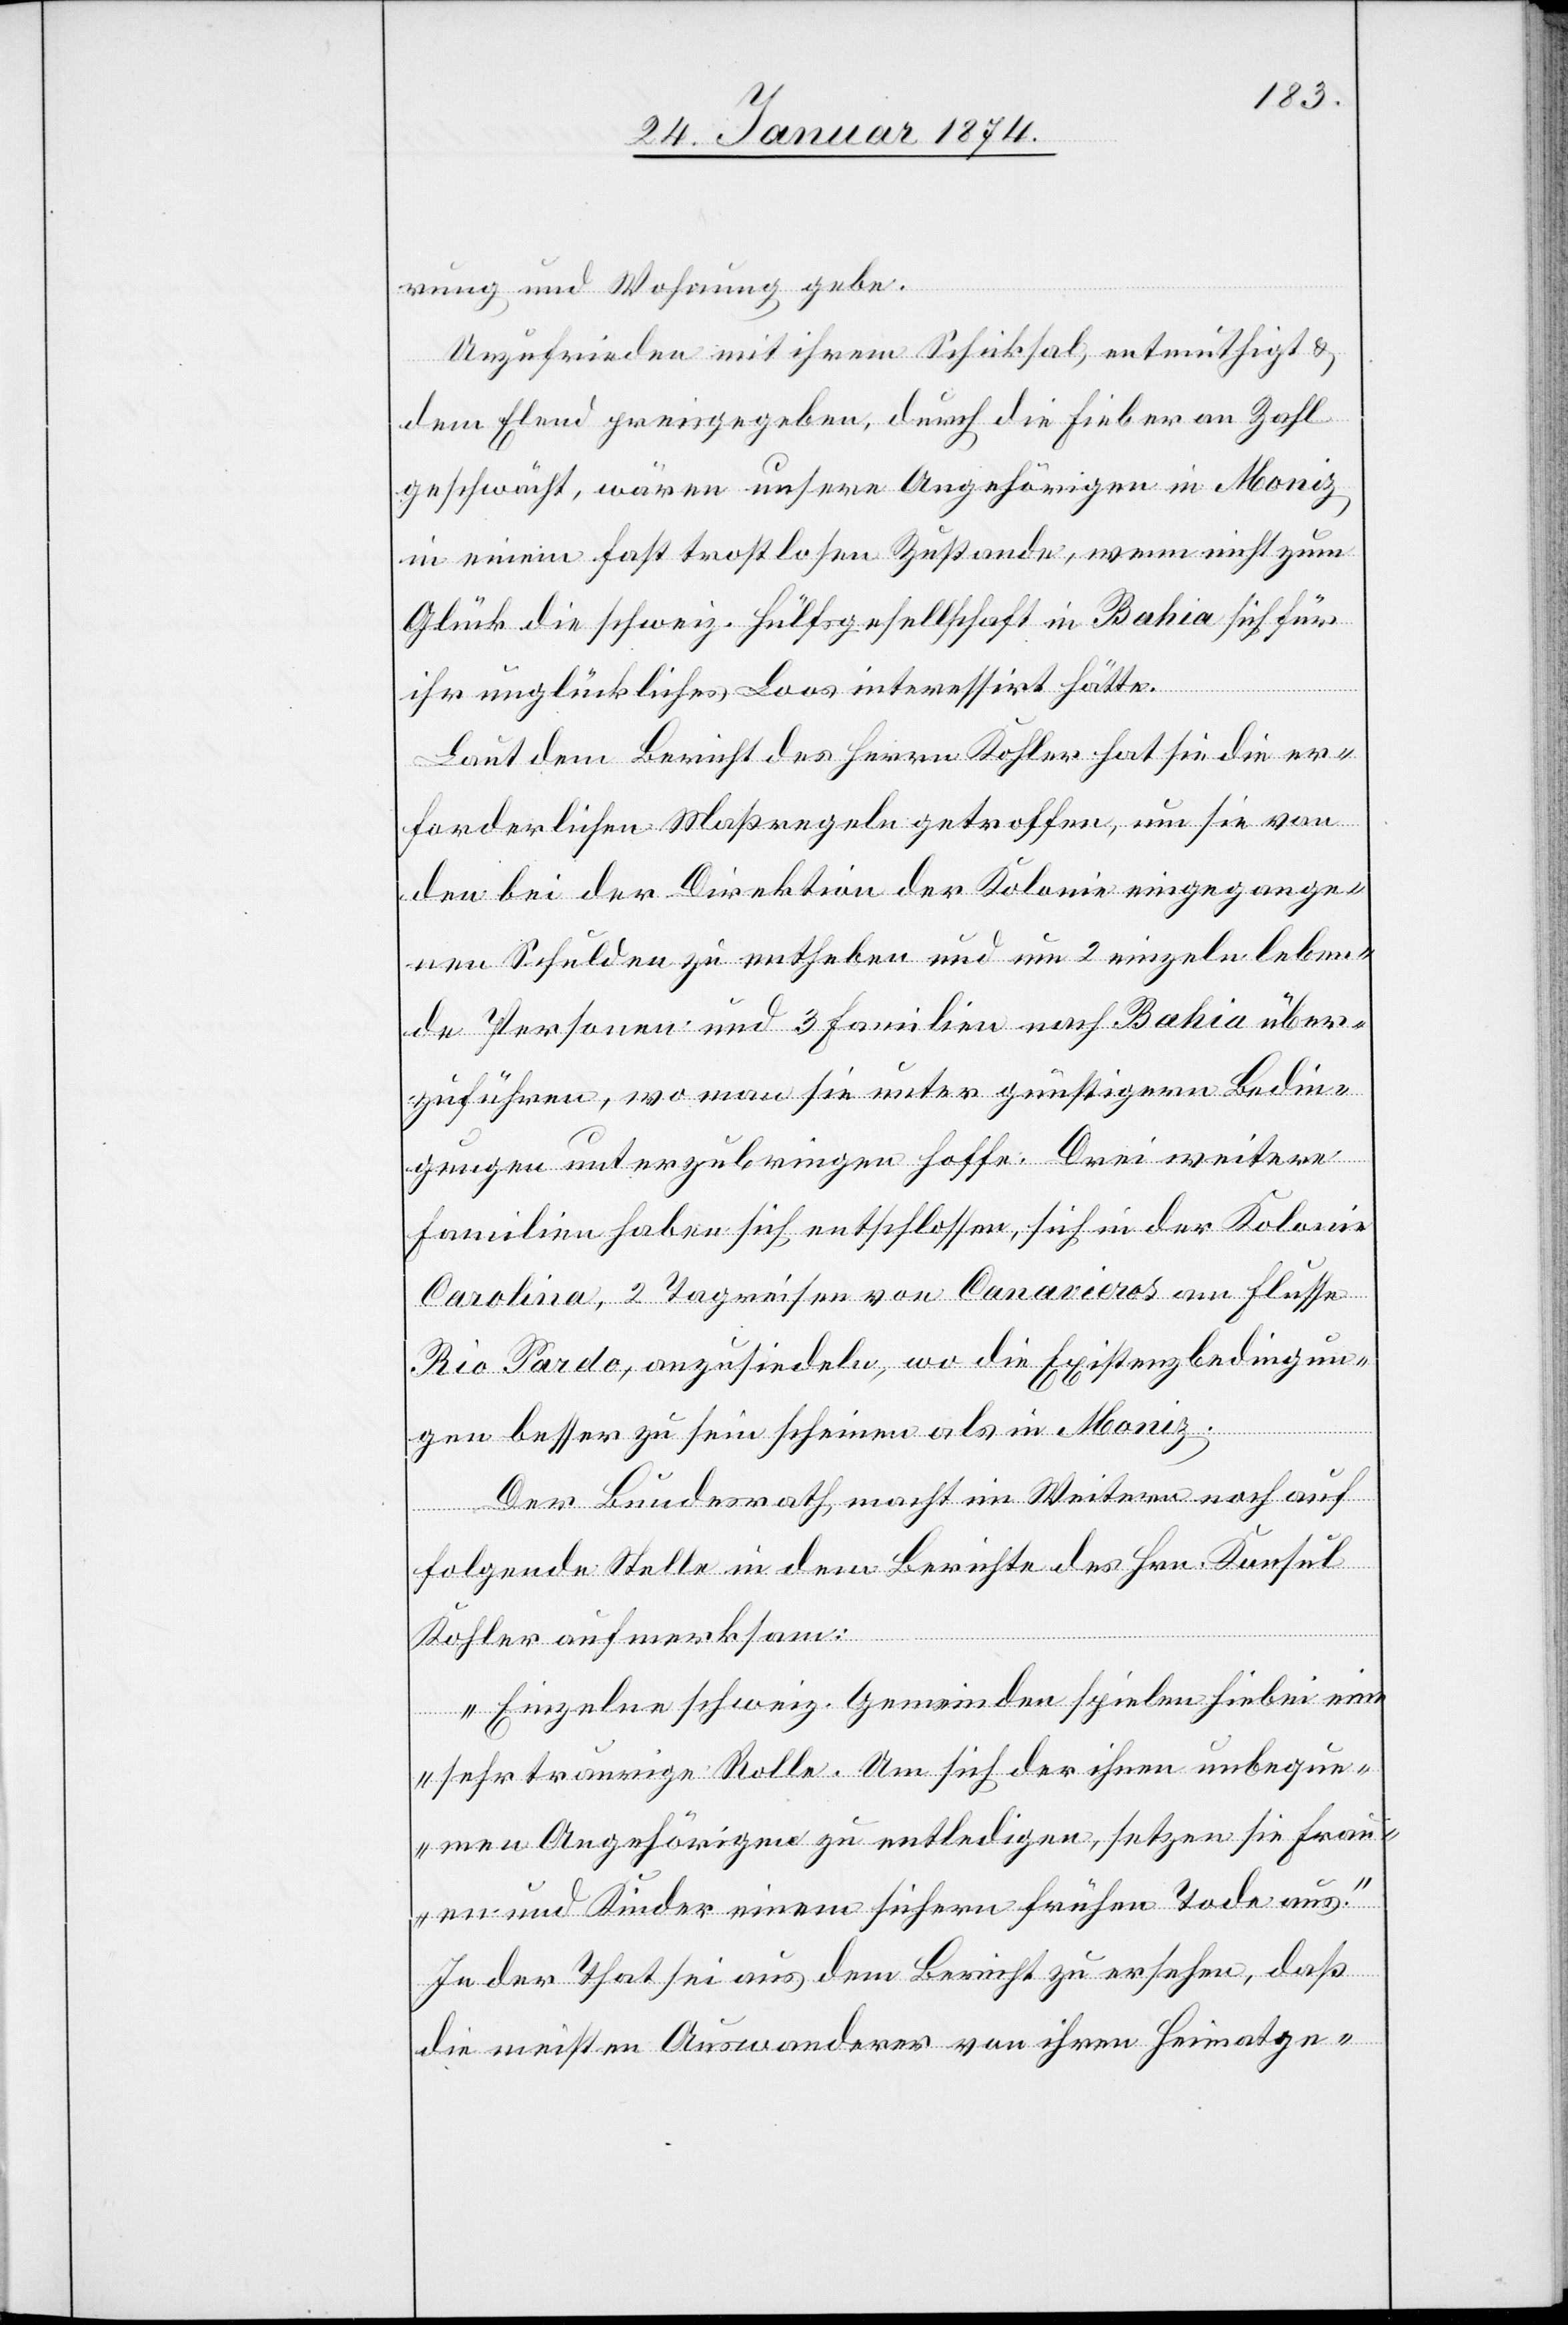
rung und Wohnung gebe.
Unzufrieden mit ihrem Schicksal, entmuthigt &
dem Elend preisgegeben, durch die Fieber an Zahl
geschwächt, wären unsere Angehörigen in Moniz
in einem fast trostlosen Zustande, wenn nicht zum
Glück die schweiz. Hülfsgesellschaft in Bahia sich für
ihr unglückliches Loos interessirt hätte.
Laut dem Bericht des Herrn Kohler hat sie die er¬
forderlichen Maßregeln getroffen, um sie von
den bei der Direktion der Kolonie eingegange¬
nen Schulden zu entheben und um 2 einzeln leben¬
de Personen und 3 Familien nach Bahia über¬
zuführen, wo man sie unter günstigern Bedin¬
gungen unterzubringen hoffe. Drei weitere
Familien haben sich entschlossen, sich in der Kolonie
Carolina, 2 Tagesreisen von Canarieros am Flusse
Rio Pardo, anzusiedeln, wo die Existenzbedingun¬
gen besser zu sein scheinen als in Moniz.
Der Bundesrath macht im Weitern noch auf
folgende Stelle in dem Berichte des Hrn. Konsul
Kohler aufmerksam:
„Einzelne schweiz. Gemeinden spielen hiebei eine
sehr traurige Rolle. Um sich der ihnen unbeque¬
men Angehörigen zu entledigen, setzen sie Frau¬
en und Kinder einem sichern frühen Tode aus.“
In der That sei aus dem Bericht zu ersehen, daß
die meisten Auswanderer von ihren Heimatge-